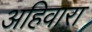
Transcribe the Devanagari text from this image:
अहिवारा